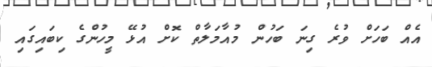
އެއް ބަހަށް ވުރެ ގިނަ ބަހުން މުއާމަލާތް ކޮށް އުޅޭ މީހުންގެ ކިބައިގައި